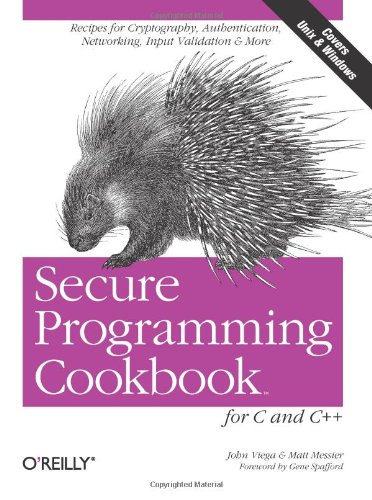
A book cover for Secure Programming Cookbook for C and C++: Recipes for Cryptography, Authentication, Input Validation & More; John Viega; Computers & Technology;